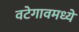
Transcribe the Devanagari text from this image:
वटेगावमध्ये